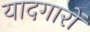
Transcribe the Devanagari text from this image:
यादगारों